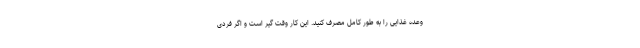
وعده غذایی را به طور کامل مصرف کنید. این کار وقت گیر است و اگر فردی